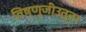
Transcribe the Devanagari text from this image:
विष्णुजीउत्तर